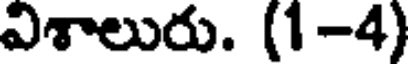
విశాలురు. (1-4)